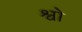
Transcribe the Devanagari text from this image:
श्वो